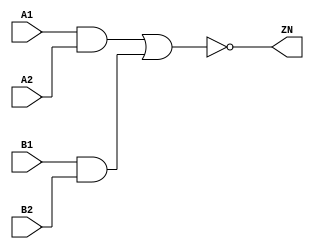
module AOI22_X1 (A1, A2, B1, B2, ZN);
  input A1;
  input A2;
  input B1;
  input B2;
  output ZN;
  not(ZN, i_12);
  or(i_12, i_13, i_14);
  and(i_13, A1, A2);
  and(i_14, B1, B2);
  specify
    if((A2 == 1'b1) && (B1 == 1'b0) && (B2 == 1'b0)) (A1 => ZN) = (0.1, 0.1);
    if((A2 == 1'b1) && (B1 == 1'b0) && (B2 == 1'b1)) (A1 => ZN) = (0.1, 0.1);
    if((A2 == 1'b1) && (B1 == 1'b1) && (B2 == 1'b0)) (A1 => ZN) = (0.1, 0.1);
    if((A1 == 1'b1) && (B1 == 1'b0) && (B2 == 1'b0)) (A2 => ZN) = (0.1, 0.1);
    if((A1 == 1'b1) && (B1 == 1'b0) && (B2 == 1'b1)) (A2 => ZN) = (0.1, 0.1);
    if((A1 == 1'b1) && (B1 == 1'b1) && (B2 == 1'b0)) (A2 => ZN) = (0.1, 0.1);
    if((A1 == 1'b0) && (A2 == 1'b0) && (B2 == 1'b1)) (B1 => ZN) = (0.1, 0.1);
    if((A1 == 1'b0) && (A2 == 1'b1) && (B2 == 1'b1)) (B1 => ZN) = (0.1, 0.1);
    if((A1 == 1'b1) && (A2 == 1'b0) && (B2 == 1'b1)) (B1 => ZN) = (0.1, 0.1);
    if((A1 == 1'b0) && (A2 == 1'b0) && (B1 == 1'b1)) (B2 => ZN) = (0.1, 0.1);
    if((A1 == 1'b0) && (A2 == 1'b1) && (B1 == 1'b1)) (B2 => ZN) = (0.1, 0.1);
    if((A1 == 1'b1) && (A2 == 1'b0) && (B1 == 1'b1)) (B2 => ZN) = (0.1, 0.1);
  endspecify
endmodule